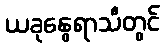
ယခုနွေရာသီတွင်